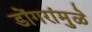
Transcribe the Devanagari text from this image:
डोंगरांमुळे